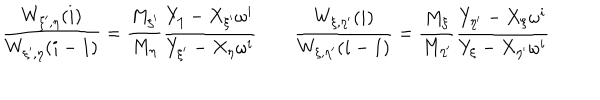
LaTeX: \frac { W _ { \xi ^ { \prime } , \eta } ( i ) } { W _ { \xi ^ { \prime } , \eta } ( i - 1 ) } = \frac { M _ { \xi ^ { \prime } } } { M _ { \eta } } \frac { Y _ { \eta } - X _ { \xi ^ { \prime } } \omega ^ { i } } { Y _ { \xi ^ { \prime } } - X _ { \eta } \omega ^ { i } } \qquad \frac { W _ { \xi , \eta ^ { \prime } } ( i ) } { W _ { \xi , \eta ^ { \prime } } ( i - 1 ) } = \frac { M _ { \xi } } { M _ { \eta ^ { \prime } } } \frac { Y _ { \eta ^ { \prime } } - X _ { \xi } \omega ^ { i } } { Y _ { \xi } - X _ { \eta ^ { \prime } } \omega ^ { i } }